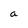
Character: a